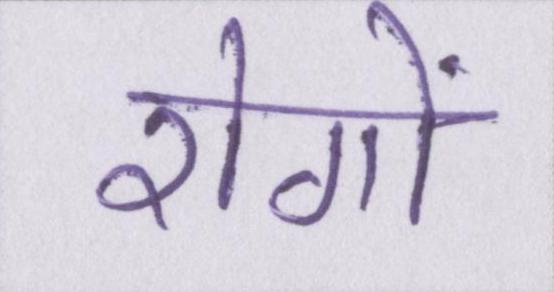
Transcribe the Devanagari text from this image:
रोगों